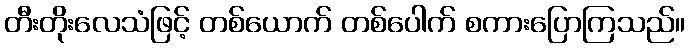
တီးတိုးလေသံဖြင့် တစ်ယောက် တစ်ပေါက် စကားပြောကြသည်။